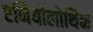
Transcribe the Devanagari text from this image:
एनियोलोथिक